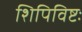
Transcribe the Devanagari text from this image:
शिपिविष्टः